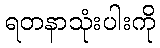
ရတနာသုံးပါးကို